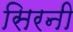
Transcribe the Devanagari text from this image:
सिरनी